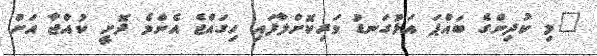
"މި ކުދިންގެ ބައްޕަ އަޅުގަނޑު ވަރިކޮށްލާފައި ހިގައްޖެ އެންމެ ދޮށީ ކުއްޖާ އަށް